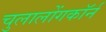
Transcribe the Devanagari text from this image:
चुलालोंगकॉर्न